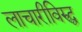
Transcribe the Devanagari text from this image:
लाचारीविरुद्ध